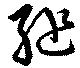
縋